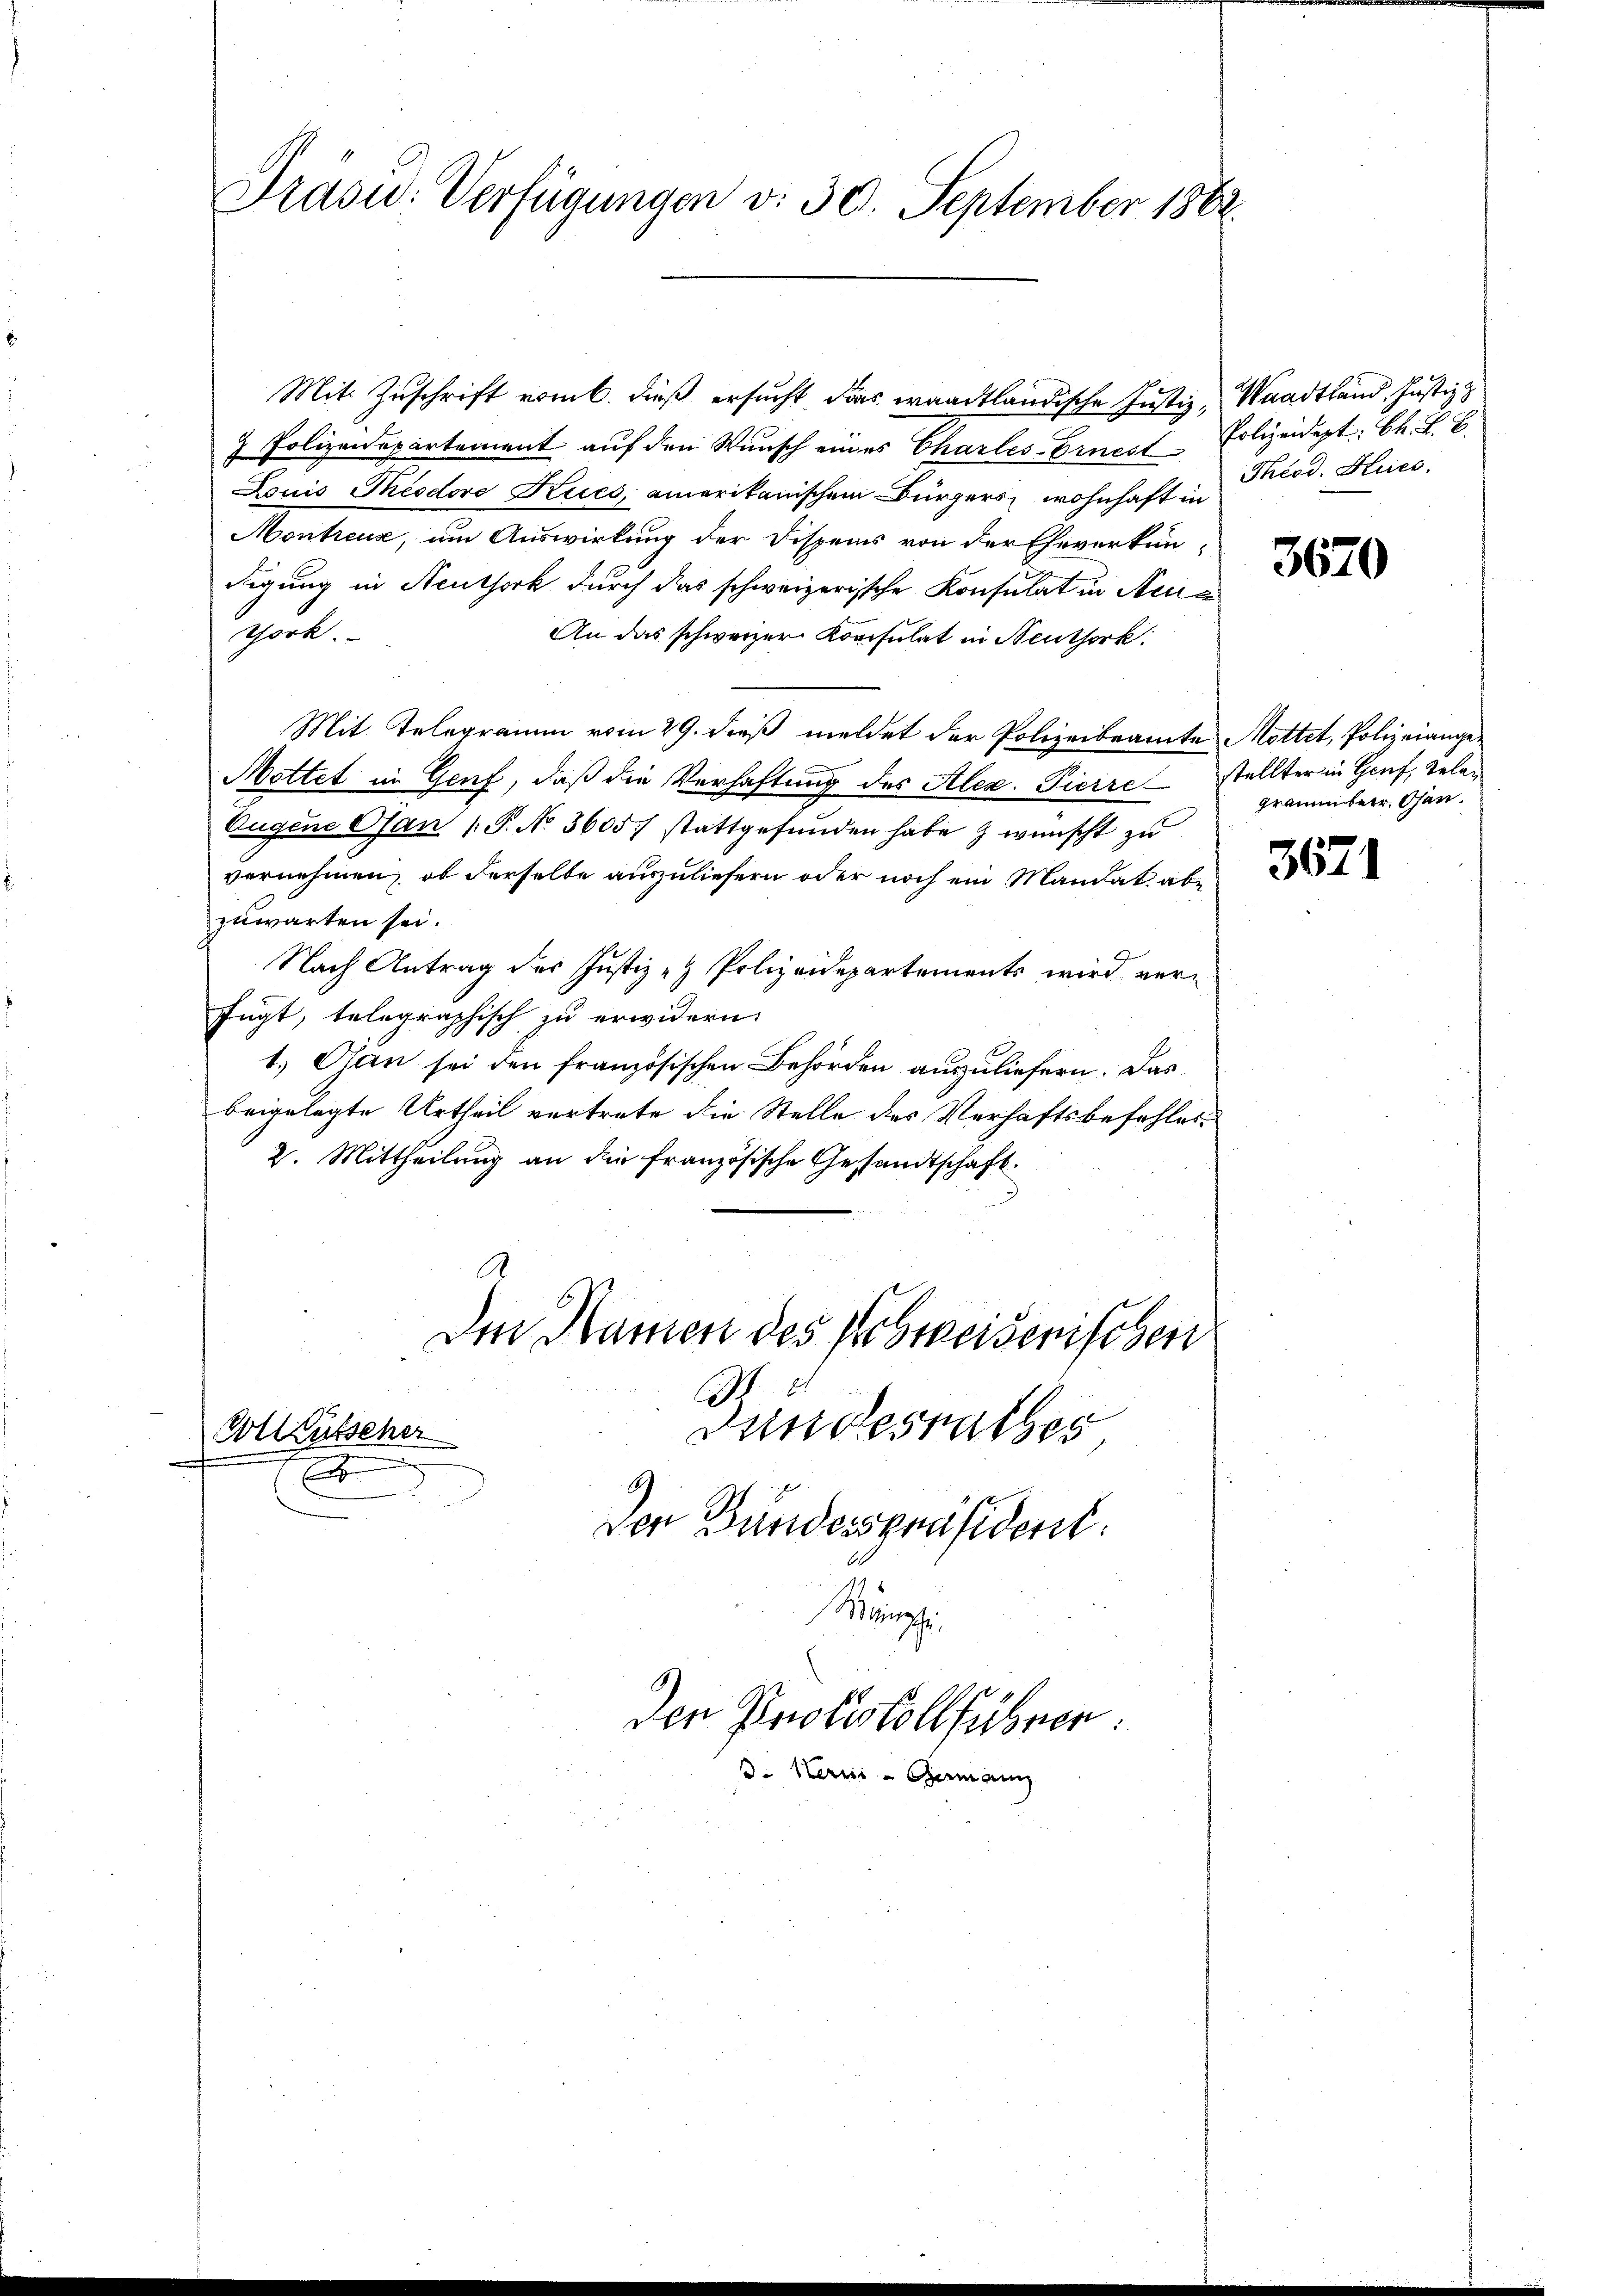
Präsid. Verfügungen v. 30. September 1862.

Mit Zuschrift vom 6. dieß ersucht, das waadtländische Justiz¬
 Polizeidepartement auf den Wunsch eines Charles-Ernest
Louis Theodore Kues, amerikanischen Bürgers, wohnhaft in
Montreux, um Auswirkung der Dispens von der Eheverkundigung in Neuthork durch das schweizerische Konsulat in Neue
Tork.
An das schweizer Konsulat in Neuthork:
Mit Telegramm vom 29. dieß meldet der Polizeibeamte Mottet, Polizeiange¬
Mottet in Genf, daß die Verhaftung des Alex. Pierre
Eugene Ofan (T. No 3605) stattgefunden habe & wünscht zu
vernehmen, ob derselbe auszuliefern oder noch ein Mandat abe
zuwarten sei.
Nach Antrag des Justiz - Polizeidepartements wird verfügt, telegraphisch zu erwidern.
1.) Man sei den französischen Behörden auszuliefern. Das
beigelegte Urtheil vertrete die Stelle des Verhaftsbefehles¬
2. Mittheilung an die französische Gesandtschaft.
A
Den Namen des Schwerderischen
11
dundesrathes
Votl Kutscher
1
Den Bundespräsident.
Kämpfe

den Zinslistollführen:
3. Herr Germann

Waadtland Justiz z
Polizeidept: Ch. F. B.
Theod. Kues.

3670

stellter in Genf, gelagrammter. Osen.

3671